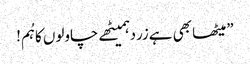
”میٹھا بھی ہےزردہمیٹھے چاولوں کاہُم!